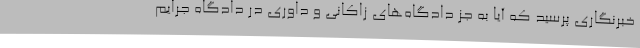
خبرنگاری پرسید که آیا به جز دادگاه‌های زاکانی و داوری در دادگاه جرایم